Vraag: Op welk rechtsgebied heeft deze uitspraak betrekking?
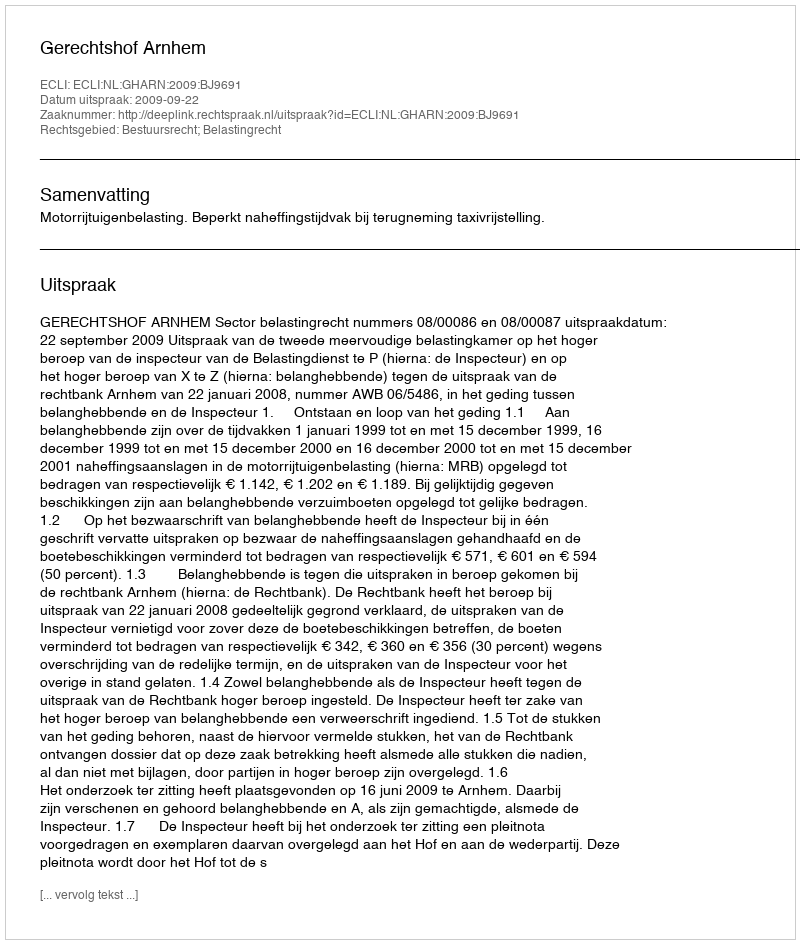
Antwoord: Bestuursrecht; Belastingrecht